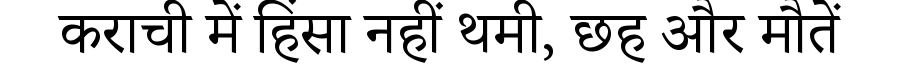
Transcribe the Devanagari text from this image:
कराची में हिंसा नहीं थमी, छह और मौतें